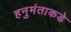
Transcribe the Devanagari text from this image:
हनुमंताकडे